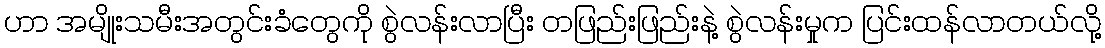
ဟာ အမျိုးသမီးအတွင်းခံတွေကို စွဲလန်းလာပြီး တဖြည်းဖြည်းနဲ့ စွဲလန်းမှုက ပြင်းထန်လာတယ်လို့